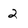
Character: 2